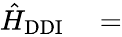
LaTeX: \begin{array}{rl}{\hat{H}_{\mathrm{{DDI}}}}&{{}=}\end{array}